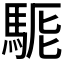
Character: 𩣄